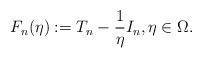
\begin{align*}F_n(\eta) := T_n - \frac{1}{\eta} I_n, \eta \in \Omega.\end{align*}